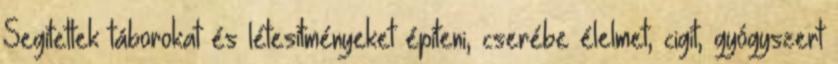
Segítettek táborokat és létesítményeket építeni, cserébe élelmet, cigit, gyógyszert